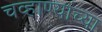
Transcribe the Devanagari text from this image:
चव्हाण्यांच्या